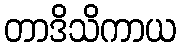
တာဒိသိကာယ